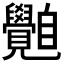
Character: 𦤲